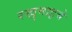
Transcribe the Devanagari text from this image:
रखुमाइचे